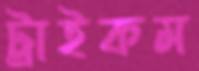
ট্রাইকম